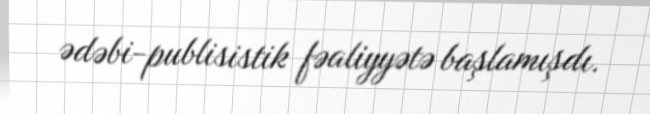
ədəbi-publisistik fəaliyyətə başlamışdı.